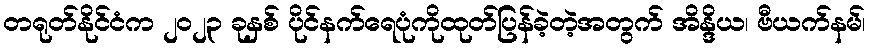
တရုတ်နိုင်ငံက ၂၀၂၃ ခုနှစ် ပိုင်နက်ရေပုံကိုထုတ်ပြန်ခဲ့တဲ့အတွက် အိန္ဒိယ၊ ဗီယက်နမ်၊